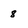
Character: 8